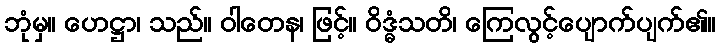
ဘုံမှ။ ဟေဋ္ဌာ၊ သည်။ ဝါတေန၊ ဖြင့်။ ဝိဒ္ဓံသတိ၊ ကြေလွင့်ပျောက်ပျက်၏။